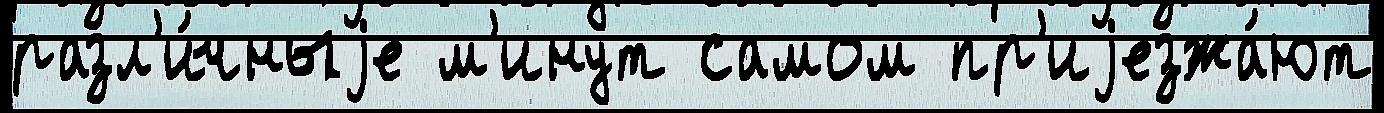
разл'и́чныjе м'инут самом пр'иjезжа́ют